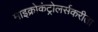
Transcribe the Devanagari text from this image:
माइक्रोकंट्रोलर्सकरीता